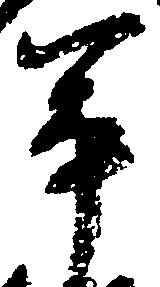
軍